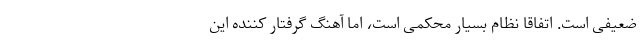
ضعیفی است. اتفاقا نظام بسیار محکمی است، اما آهنگ گرفتار کننده این